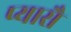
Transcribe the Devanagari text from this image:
प्यासै